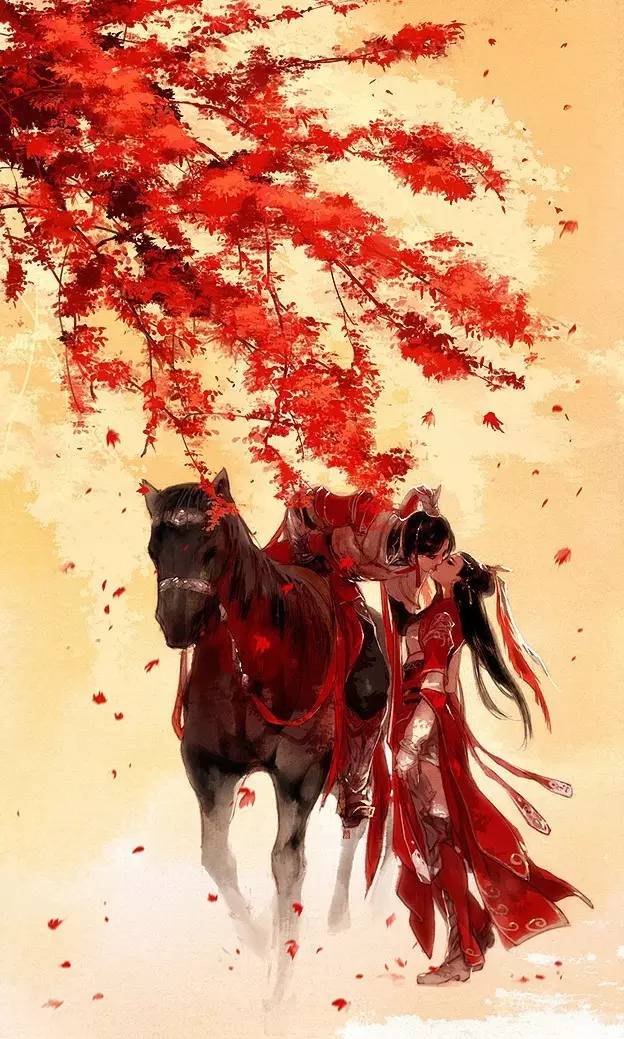
满目山河空念远，落花风雨更伤春，不如怜取眼前人。